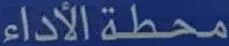
محطة الأداء